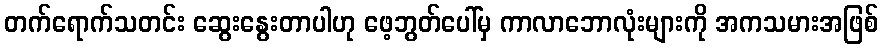
တက်ရောက်သတင်း ဆွေးနွေးတာပါဟု ဖေ့ဘွတ်ပေါ်မှ ကာလာဘောလုံးများကို အကသမားအဖြစ်